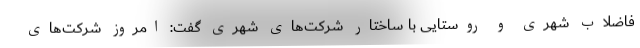
فاضلاب شهری و روستایی با ساختار شرکت‌های شهری گفت: امروز شرکت‌های